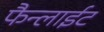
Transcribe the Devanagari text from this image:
फैन्लाईट